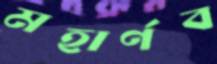
মহার্ণব